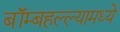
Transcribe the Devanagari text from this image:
बॉम्बहल्ल्यामध्ये